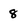
Character: 8